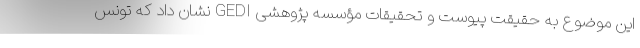
این موضوع به حقیقت پیوست و تحقیقات مؤسسه پژوهشی GEDI نشان داد که تونس